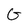
Character: G